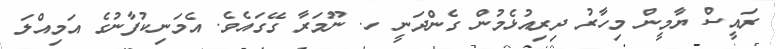
ރައީސް ޔާމީން މިހާރު ދިރިއުޅެމުން ގެންދަނީ ހ. ނޫމަރާ ގޭގައެވެ. އެމަނިކުފާނުގެ އަމިއްލަ